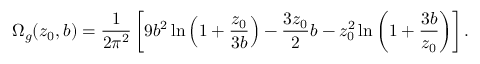
\Omega _ { g } ( z _ { 0 } , b ) = { \frac { 1 } { 2 \pi ^ { 2 } } } \left[ 9 b ^ { 2 } \ln \left( 1 + { \frac { z _ { 0 } } { 3 b } } \right) - { \frac { 3 z _ { 0 } } { 2 } } b - z _ { 0 } ^ { 2 } \ln \left( 1 + { \frac { 3 b } { z _ { 0 } } } \right) \right] .